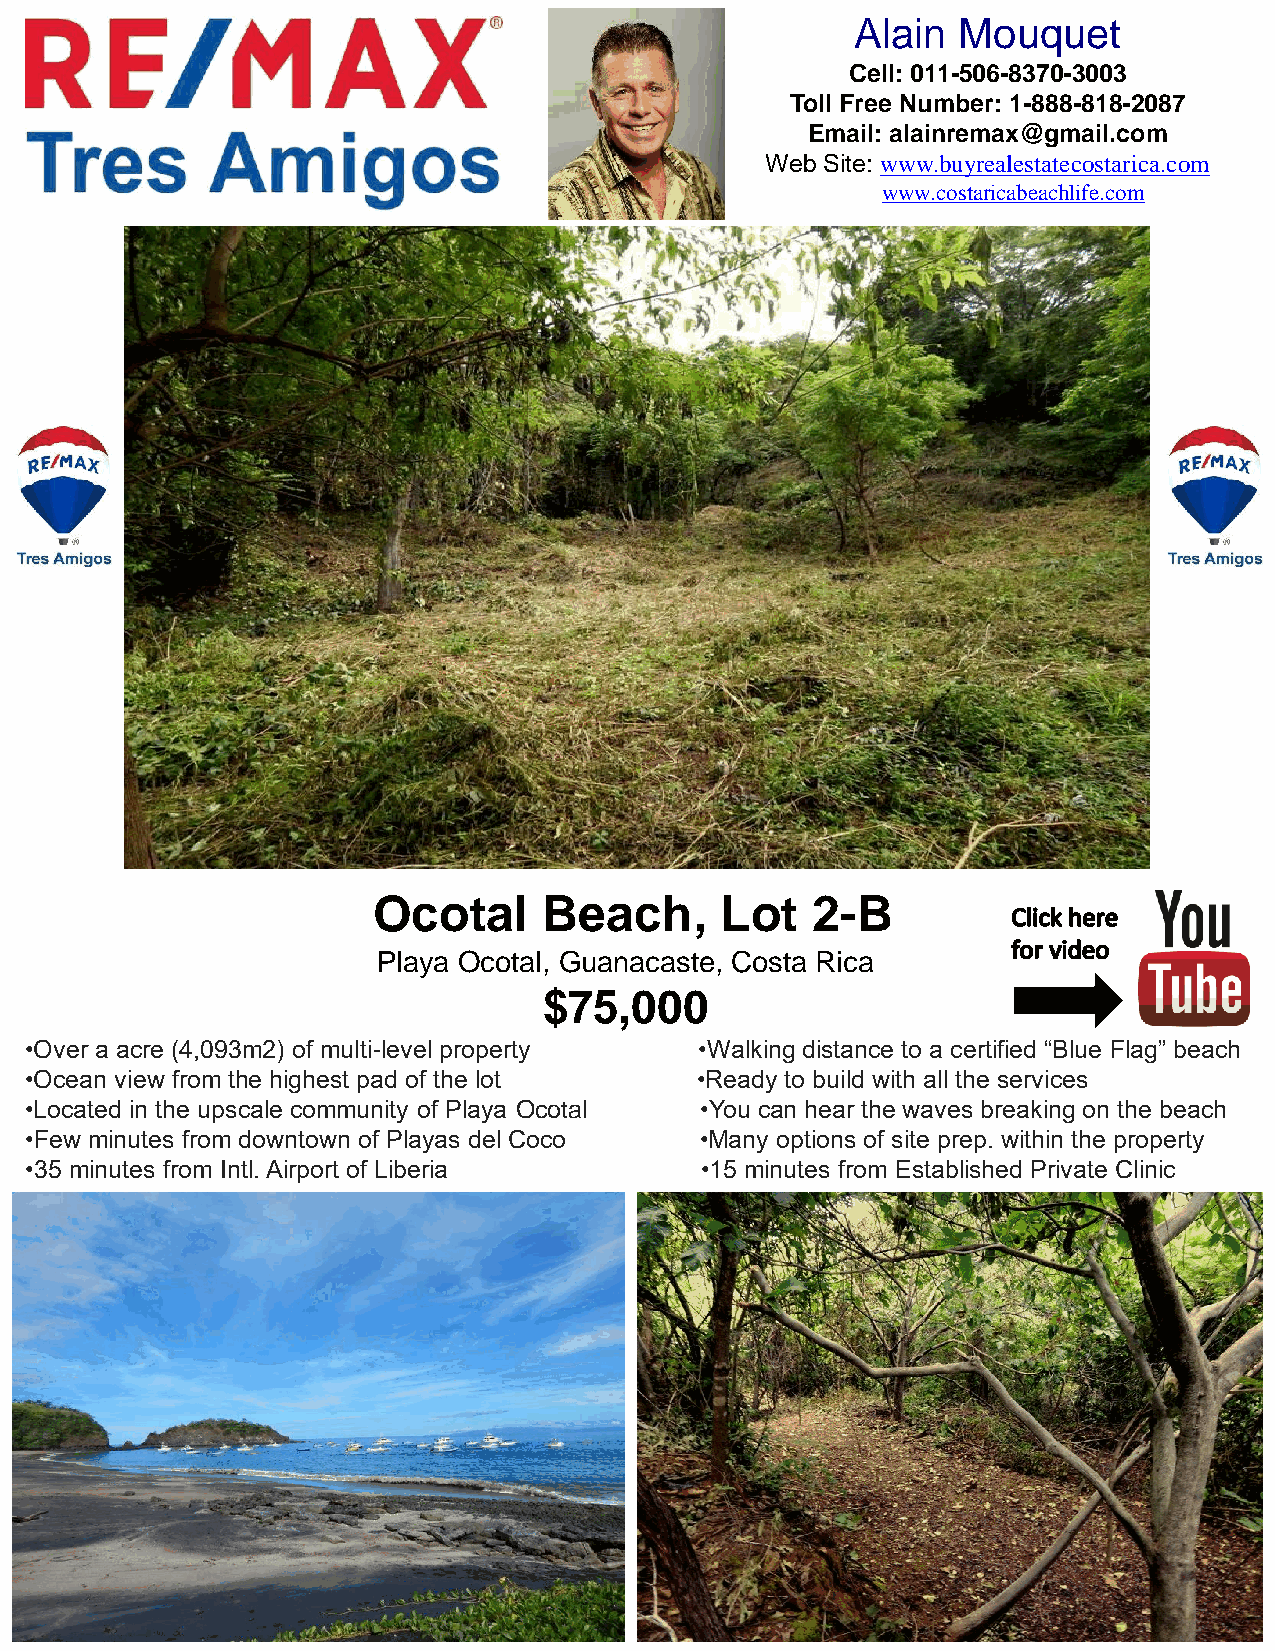
Alain Mouquet
 Cell: 011-506-8370-3003
 Toll Free Number: 1-888-818-2087
 Email: alainremax@gmail.com
 Web Site: www.buyrealestatecostarica.com
 www.costaricabeachlife.com
 Ocotal     Beach,      Lot   2-B
 Playa Ocotal, Guanacaste, Costa Rica
 $75,000
 •Over a acre (4,093m2) of multi-level property •Walking distance to a certified “Blue Flag” beach
 •Ocean view from the highest pad of the lot •Ready to build with all the services
 •Located in the upscale community of Playa Ocotal •You can hear the waves breaking on the beach
 •Few minutes from downtown of Playas del Coco •Many options of site prep. within the property
 •35 minutes from Intl. Airport of Liberia   •15 minutes from Established Private Clinic